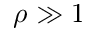
\rho \gg 1